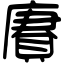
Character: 賡